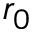
r _ { 0 }